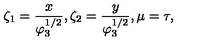
\zeta _ { 1 } = \frac { x } { \varphi _ { 3 } ^ { 1 / 2 } } , \zeta _ { 2 } = \frac { y } { \varphi _ { 3 } ^ { 1 / 2 } } , \mu = \tau ,